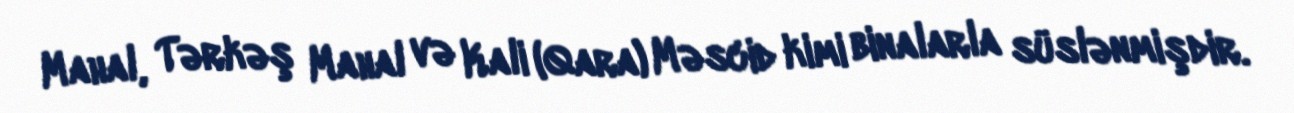
Mahal, Tərkəş Mahal və Kali (Qara) Məscid kimi binalarla süslənmişdir.